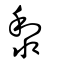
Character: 黎